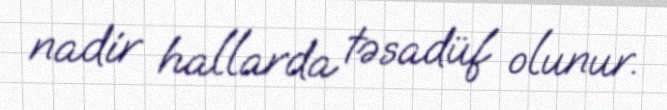
nadir hallarda təsadüf olunur.